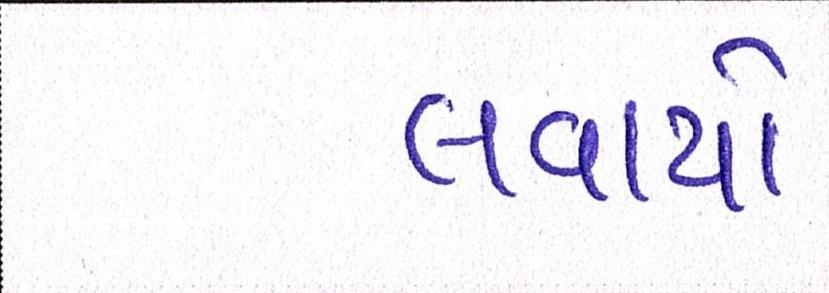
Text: લવાયો